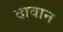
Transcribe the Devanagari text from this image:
दावान